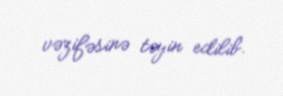
vəzifəsinə təyin edilib.